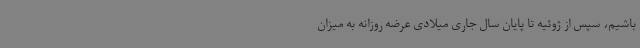
باشیم، سپس از ژوئیه تا پایان سال جاری میلادی عرضه روزانه به میزان